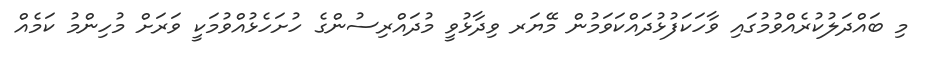
މި ބައްދަލުކުރެއްވުމުގައި ވާހަކަފުޅުދައްކަވަމުން މޭޔަރ ވިދާޅުވީ މުދައްރިސުންގެ ހުށަހެޅުއްވުމަކީ ވަރަށް މުހިންމު ކަމެއް